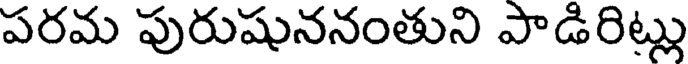
పరమ పురుషుననంతుని పాడిరిట్లు